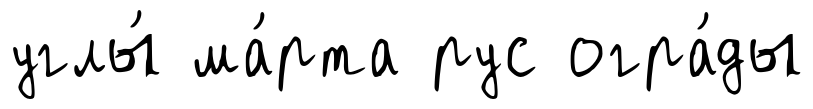
углы́ ма́рта рус огра́ды